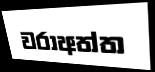
වරාඅත්ත